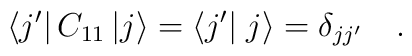
\left< j'\right| C_{11}\left| j\right>=\left< j'\right| \left. j\right> =\delta_{jj'}\quad .